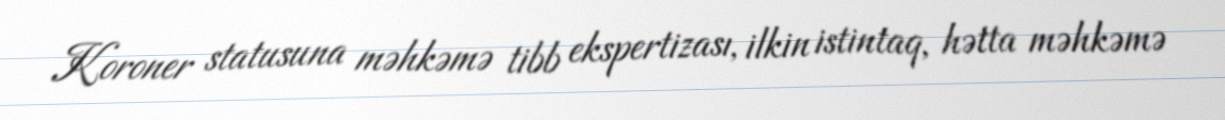
Koroner statusuna məhkəmə tibb ekspertizası, ilkin istintaq, hətta məhkəmə